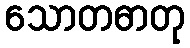
သောတဓာတု